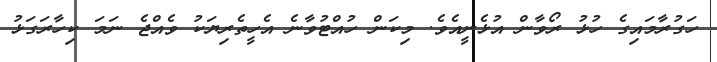
ހަގުރާމައިގެ ހުޅު ރޯވާން އުޅެނީއެވެ. މިކަން ހުއްޓުވާނެ އެހީތެރިޔަކު ވެއްޖެ ނަމަ ކިހާރަގަޅު